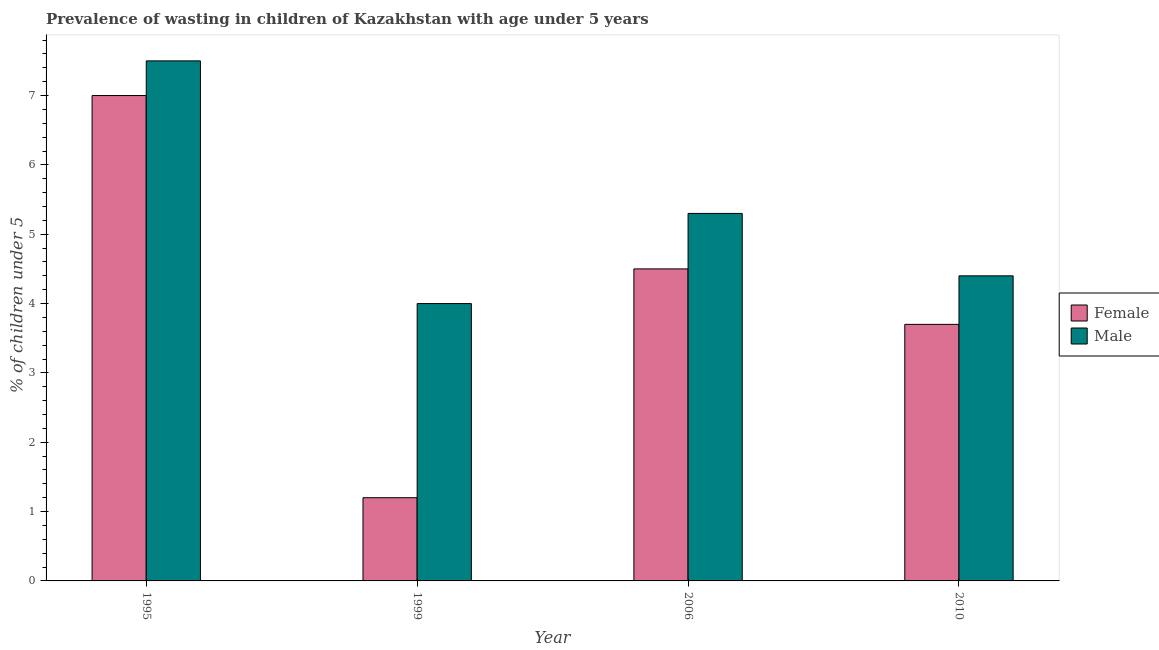
| Year | Female | Male |
 | --- | --- | --- |
 | 1995 | 7 | 7.5 |
 | 1999 | 1.2 | 4 |
 | 2006 | 4.5 | 5.3 |
 | 2010 | 3.7 | 4.4 |